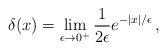
LaTeX: \begin{align*}\delta (x) = \lim_{\epsilon\rightarrow 0^+} {1\over 2\epsilon} e^{-|x|/\epsilon}\,,\end{align*}